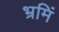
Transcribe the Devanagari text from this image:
भ्रमिं